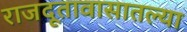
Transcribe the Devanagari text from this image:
राजदूतावासातल्या